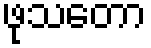
ဖုသတော